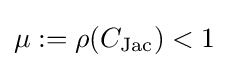
\mu :=\rho (C_{\text{Jac}})<1